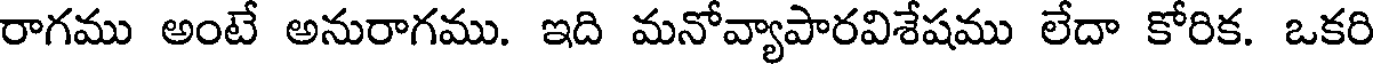
రాగము అంటే అనురాగము. ఇది మనోవ్యాపారవిశేషము లేదా కోరిక. ఒకరి